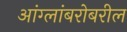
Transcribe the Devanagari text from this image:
आंग्लांबरोबरील